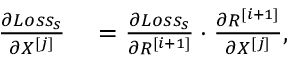
\begin{array} { r l } { \frac { \partial L o s s _ { s } } { \partial X ^ { [ j ] } } } & { { } = \frac { \partial L o s s _ { s } } { \partial R ^ { [ i + 1 ] } } \cdot \frac { \partial R ^ { [ i + 1 ] } } { \partial X ^ { [ j ] } } , } \end{array}